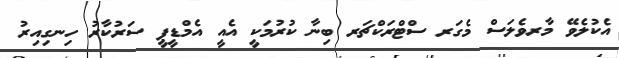
އެކުލެވޭ މާރވެލަސް މެގަރ ސްޓްރަކްޗަރ ބިނާ ކުރުމަކީ އެއީ އެމްޑީޕީ ސަރުކާރު ހިނގިއިރު